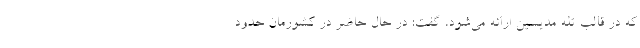
که در قالب تله مدیسین ارائه می‌شود، گفت: در حال حاضر در کشورمان حدود